Plague in India, 1896, 1897 - Volume 1
Year: 1896
Disease focus: Plague
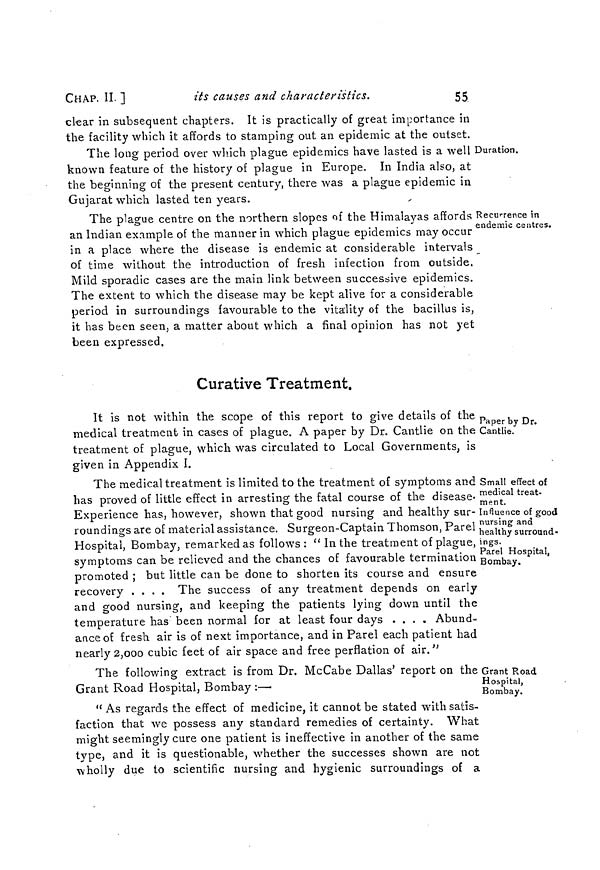
CHAP. II. ]
its causes and characteristics.
55.
clear in subsequent chapters. It is practically of great importance in
the facility which it affords to stamping out an epidemic at the outset.
Duration.
The long period over which plague epidemics have lasted is a well
known feature of the history of plague in Europe. In India also, at
the beginning of the present century, there was a plague epidemic in
Gujarat which lasted ten years.
Recurrence in
endemic centres.
The plague centre on the northern slopes of the Himalayas affords
an Indian example of the manner in which plague epidemics may occur '
in a place where the disease is endemic at considerable intervals
of time without the introduction of fresh infection from outside.
Mild sporadic cases are the main link between successive epidemics.
The extent to which the disease may be kept alive for a considerable
period in surroundings favourable to the vitality of the bacillus is,
it has been seen, a matter about which a final opinion has not yet
been expressed.
Curative Treatment.
Paper by Dr.
Cantlie.
It is not within the scope of this report to give details of the
medical treatment in cases of plague. A paper by Dr. Cantlie on the
treatment of plague, which was circulated to Local Governments, is
given in Appendix I.
Small effect of
medical treat-
ment.
Influence of good
nursing and
healthy surround-
ings.
Parel Hospital,
Bombay.
The medical treatment is limited to the treatment of symptoms and
has proved of little effect in arresting the fatal course of the disease-
Experience has, however, shown that good nursing and healthy sur-
roundings are of material assistance. Surgeon-Captain Thomson, Parel
Hospital, Bombay, remarked as follows: " In the treatment of plague,
symptoms can be relieved and the chances of favourable termination
promoted ; but little can be done to shorten its course and ensure
recovery ....
The success of any treatment depends on early
and good nursing, and keeping the patients lying down until the
temperature has been normal for at least four days .... Abund-
ance of fresh air is of next importance, and in Parel each patient had
nearly 2,000 cubic feet of air space and free perflation of air."
Grant Road
Hospital,
Bombay.
The following extract is from Dr. McCabe Dallas' report on the (
Grant Road Hospital, Bombay
:—
" As regards the effect of medicine, it cannot be stated with satis-
faction that we possess any standard remedies of certainty. What
might seemingly cure one patient is ineffective in another of the same
type, and it is questionable, whether the successes shown are not
wholly due to scientific nursing and hygienic surroundings of a